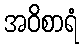
အဝိစာရံ